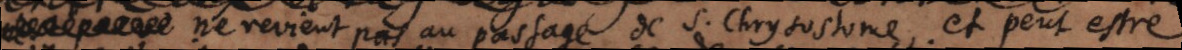
ne revient pas au passage de S. Chrysostome et peut estre